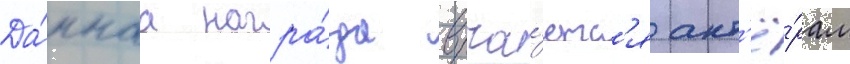
Да́ннаа награ́да вруча́етс'я акт'ё́рам